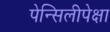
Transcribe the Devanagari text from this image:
पेन्सिलीपेक्षा